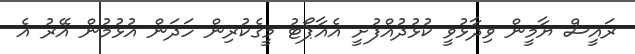
ރައީސް ޔާމީން ވިދާޅުވީ ކުޅުދުއްފުށީ އެއާޕޯޓު މީގެކުރިން ހަދަން އުޅުމުން އޭރު އެ